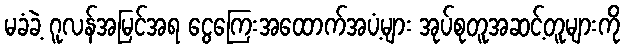
မခံခဲ့ ဂူလန်အမြင်အရ ငွေကြေးအထောက်အပံ့များ အုပ်စုတူအဆင့်တူများကို